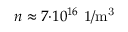
n \approx 7 { \cdot } 1 0 ^ { 1 6 } \ \mathrm { 1 / m ^ { 3 } }